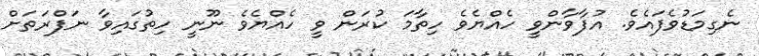
ނެގިމަޑުވެފައެވެ. އުފާވާންވީ ހެއްޔެވެ ހިތާމަ ކުރަން ވީ ހެއްޔެވެ ނޫނީ ހިތުގައިވާ ނަފްރަތަށް